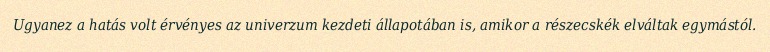
Ugyanez a hatás volt érvényes az univerzum kezdeti állapotában is, amikor a részecskék elváltak egymástól.